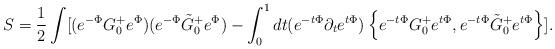
LaTeX: \begin{align*}S=\frac{1}{2}\int [(e^{-\Phi}G^+_0 e^{\Phi})(e^{-\Phi}\tilde G^+_0 e^{\Phi}) -\int_0^1 dt(e^{-t\Phi}\partial_t e^{t\Phi})\left\{e^{-t\Phi}G^+_0 e^{t\Phi},e^{-t\Phi}\tilde G^+_0 e^{t\Phi}\right\}]. \end{align*}